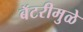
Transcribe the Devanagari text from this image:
बॅटरीमुळे